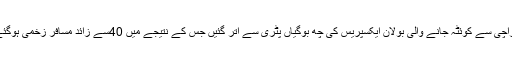
کراچی سے کوئٹہ جانے والی بولان ایکسپریس کی چھ بوگیاں پٹری سے اتر گئیں جس کے نتیجے میں 40سے زائد مسافر زخمی ہوگئے۔